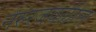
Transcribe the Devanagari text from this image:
नेरुरजवळील